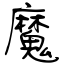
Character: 魔